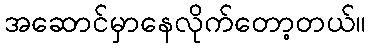
အဆောင်မှာနေလိုက်တော့တယ်။